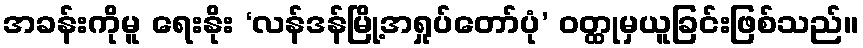
အခန်းကိုမူ ရေးနိုး ‘လန်ဒန်မြို့အရှုပ်တော်ပုံ’ ဝတ္ထုမှယူခြင်းဖြစ်သည်။